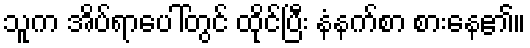
သူက အိပ်ရာပေါ်တွင် ထိုင်ပြီး နံနက်စာ စားနေ၏။